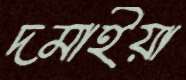
দমাইয়া